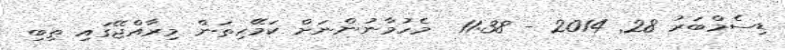
ޑިސެމްބަރު 28